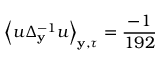
\left\langle u \Delta _ { \mathbf { y } } ^ { - 1 } u \right\rangle _ { \mathbf { y } , \tau } = \frac { - 1 } { 1 9 2 }